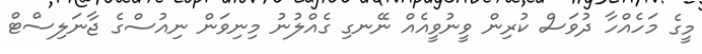
މީގެ މަހެއްހާ ދުވަސް ކުރިން ވީނުވީއެއް ނޭނގި ގެއްލުނު މިނިވަން ނިއުސްގެ ޖާނަލިސްޓް